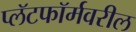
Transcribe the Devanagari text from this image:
प्लॅटफॉर्मवरील